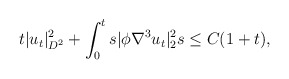
\begin{align*}&t|u_t|^2_{D^2}+\int_{0}^t s|\phi \nabla^3 u_t|^2_2 s \leq C(1+t),\end{align*}